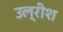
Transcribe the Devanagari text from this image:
उल्रीश